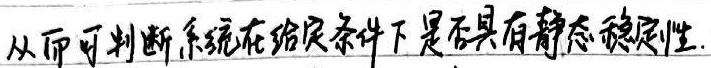
从而可判断系统在给定条件下是否具有静态稳定性.